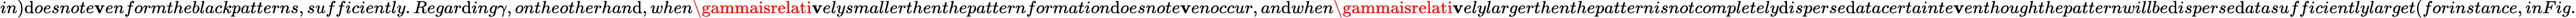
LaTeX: in)\mathrm{d}oesnote\mathbf{v}enformtheblackpatterns,sufficiently.Regar\mathrm{d}ing\gamma,ontheotherhan\mathrm{d},when\gammaisrelati\mathbf{v}elysmallerthenthepatternformation\mathrm{d}oesnote\mathbf{v}enoccur,an\mathrm{d}when\gammaisrelati\mathbf{v}elylargerthenthepatternisnotcompletely\mathrm{d}isperse\mathrm{d}atacertainte\mathbf{v}enthoughthepatternwillbe\mathrm{d}isperse\mathrm{d}atasufficientlylarget(forinstance,inFig.